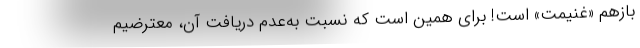
بازهم «غنیمت» است! برای همین است که نسبت به‌عدم دریافت آن، معترضیم